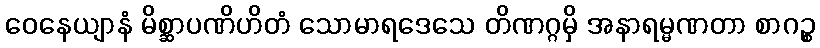
ဝေနေယျာနံ မိစ္ဆာပဏိဟိတံ သောမာရဒေသေ တိဏဂ္ဂမှိ အနာရမ္မဏတာ စာဂဉ္စ